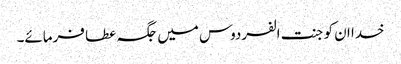
خدا ان کو جنت الفردوس میں جگہ عطا فرمائے۔